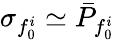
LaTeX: \sigma_{f_{0}^{i}}\simeq\bar{P}_{f_{0}^{i}}